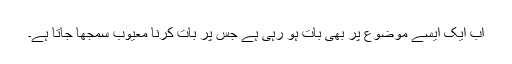
اب ایک ایسے موضوع پر بھی بات ہو رہی ہے جس پر بات کرنا معیوب سمجھا جاتا ہے۔